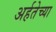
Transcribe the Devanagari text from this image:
अर्हतेच्या